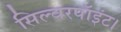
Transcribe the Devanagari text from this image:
सिल्वरपॉइंट।